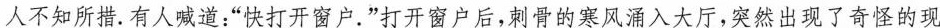
人不知所措。有人喊道：”快打开窗户。”打开窗户后，刺骨的寒风涌入大厅，突然出现了奇怪的现